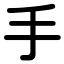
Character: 手